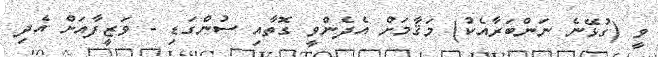
ވީ (ގުޅޭނެ ނަންބަރާއެކު) މަޤާމަށް އެދެންވީ ގޮތާއި ސުންގަޑި - ވަޒީފާއަށް އެދި